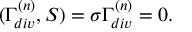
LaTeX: ( \Gamma _ { d i v } ^ { ( n ) } , S ) = \sigma \Gamma _ { d i v } ^ { ( n ) } = 0 .